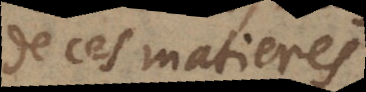
de ces matieres.